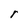
Character: r